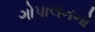
ગોપાલનનો